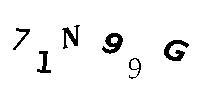
71N99G